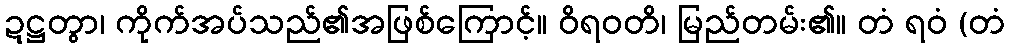
ဍဋ္ဌတွာ၊ ကိုက်အပ်သည်၏အဖြစ်ကြောင့်။ ဝိရဝတိ၊ မြည်တမ်း၏။ တံ ရဝံ (တံ